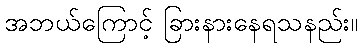
အဘယ်ကြောင့် ခြားနားနေရသနည်း။